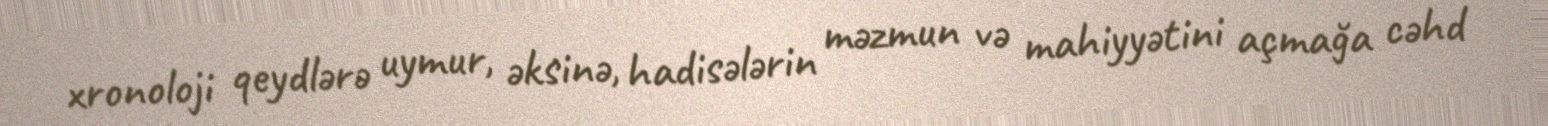
xronoloji qeydlərə uymur, əksinə, hadisələrin məzmun və mahiyyətini açmağa cəhd